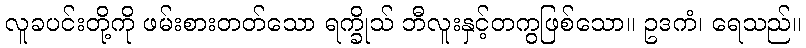
လူခပင်းတို့ကို ဖမ်းစားတတ်သော ရက္ခိုသ် ဘီလူးနှင့်တကွဖြစ်သော။ ဥဒကံ၊ ရေသည်။